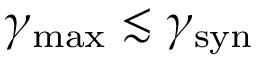
\gamma _ { \mathrm { m a x } } \lesssim \gamma _ { \mathrm { s y n } }